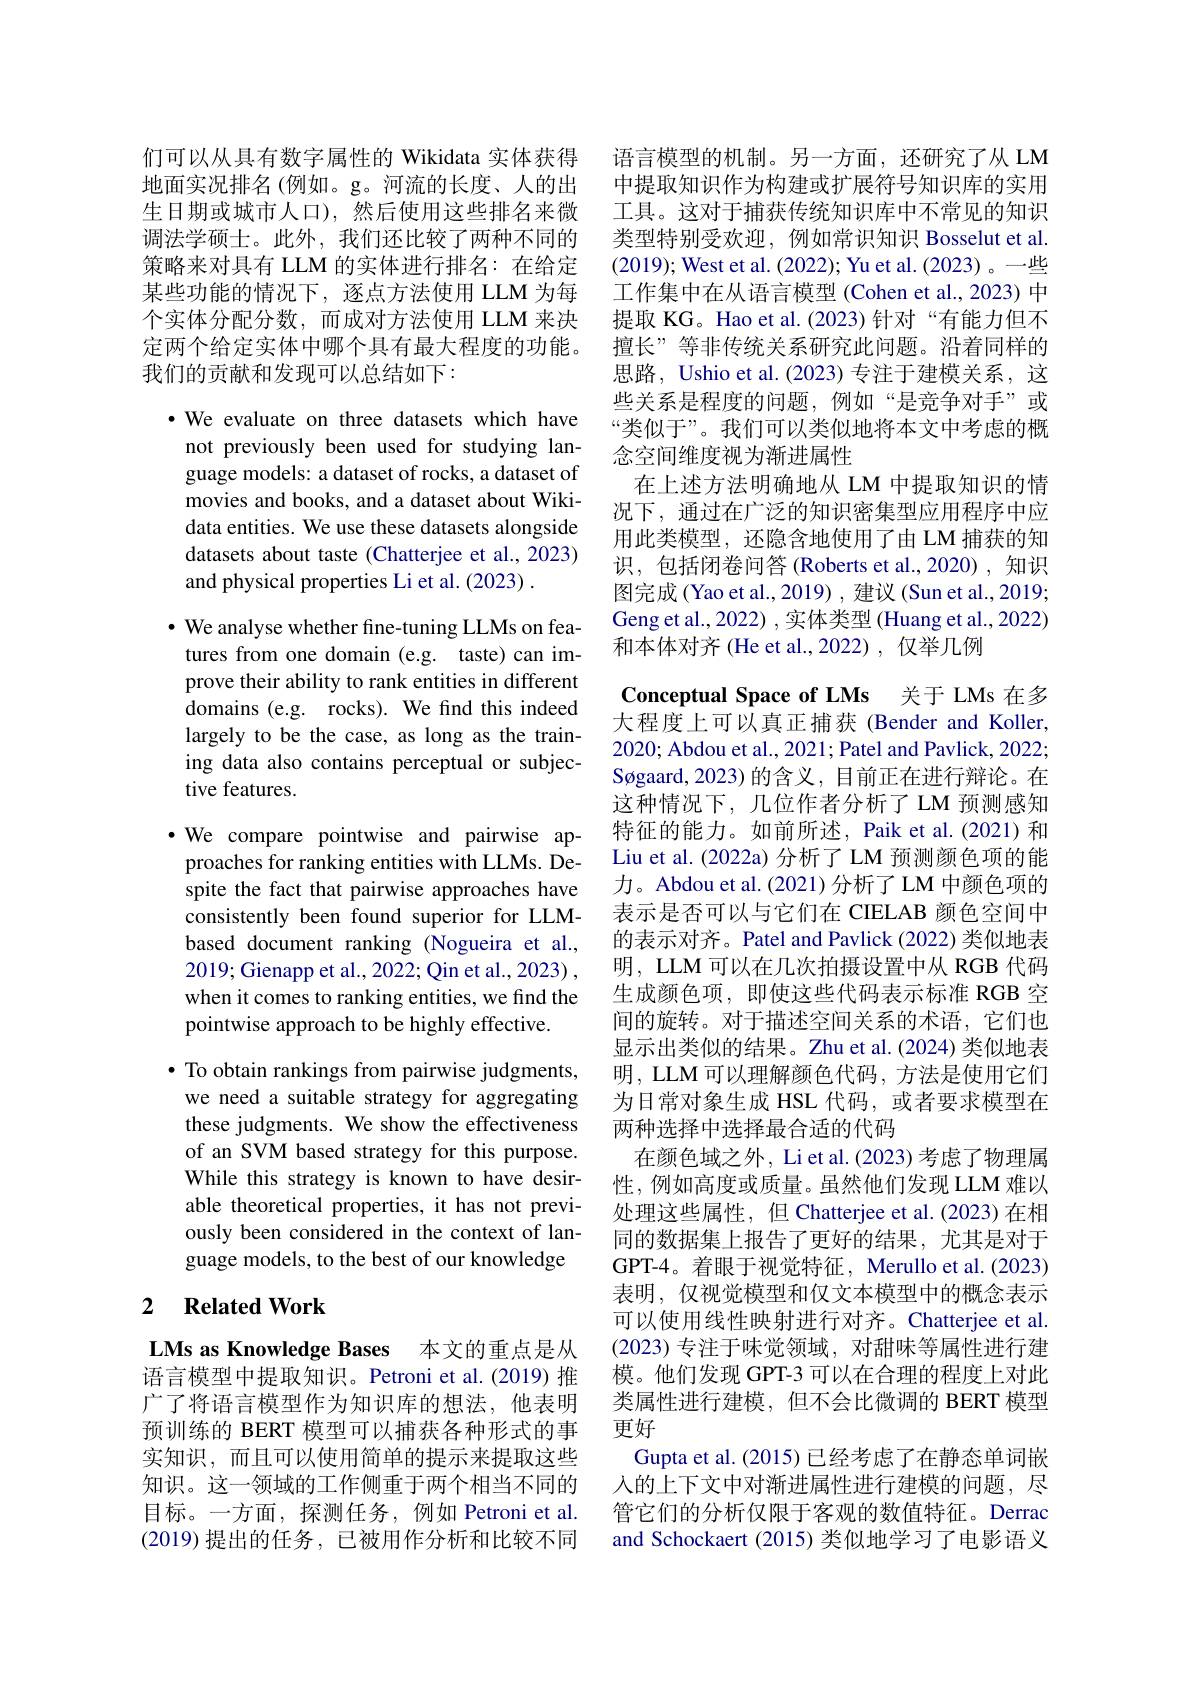
们可以从具有数字属性的 Wikidata 实体获得地面实况排名(例如。g。河流的长度、人的出生日期或城市人口),然后使用这些排名来微调法学硕士。此外，我们还比较了两种不同的策略来对具有 LLM 的实体进行排名：在给定某些功能的情况下，逐点方法使用 LLM 为每个实体分配分数，而成对方法使用 LLM 来决定两个给定实体中哪个具有最大程度的功能。我们的贡献和发现可以总结如下：

$\cdot$ We evaluate on three datasets which have not previously been used for studying language models: a dataset of rocks, a dataset of movies and books, and a dataset about Wikidata entities. We use these datasets alongside datasets about taste (Chatterjee et al., 2023) and physical properties Li et al. (2023) .

$\cdot$ We analyse whether fine-tuning LLMs on features from one domain (e.g. taste) can improve their ability to rank entities in different domains (e.g. rocks). We find this indeed largely to be the case, as long as the training data also contains perceptual or subjective features.

·We compare pointwise and pairwise approaches for ranking entities with LLMs. Despite the fact that pairwise approaches have consistently been found superior for LLMbased document ranking (Nogueira et al., 2019; Gienapp et al., 2022; Qin et al., 2023) , when it comes to ranking entities, we find the pointwise approach to be highly effective.

$\bullet$ To obtain rankings from pairwise judgments, we need a suitable strategy for aggregating these judgments. We show the effectiveness of an SVM based strategy for this purpose. While this strategy is known to have desirable theoretical properties, it has not previously been considered in the context of language models, to the best of our knowledge

## 2 $\textbf{Related Work}$

LMs as Knowledge Bases 本文的重点是从

语言模型中提取知识。Petroni et al.(2019) 推广了将语言模型作为知识库的想法，他表明预训练的 BERT 模型可以捕获各种形式的事实知识，而且可以使用简单的提示来提取这些知识。这一领域的工作侧重于两个相当不同的目标。一方面，探测任务，例如 Petroni et al. (2019)提出的任务，已被用作分析和比较不同

语言模型的机制。另一方面，还研究了从 LM

中提取知识作为构建或扩展符号知识库的实用

工具。这对于捕获传统知识库中不常见的知识

类型特别受欢迎，例如常识知识 Bosselut et al.

(2019); West et al. (2022); Yu et al. (2023)。一些

工作集中在从语言模型(Cohen et al., 2023) 中

提取 KG。Hao et al.(2023) 针对“有能力但不

擅长”等非传统关系研究此问题。沿着同样的

思路，Ushio et al.(2023) 专注于建模关系，这

些关系是程度的问题，例如“是竞争对手”或

“类似于”。我们可以类似地将本文中考虑的概

念空间维度视为渐进属性

在上述方法明确地从 LM 中提取知识的情

况下，通过在广泛的知识密集型应用程序中应

用此类模型，还隐含地使用了由 LM 捕获的知

识，包括闭卷问答 (Roberts et al.,2020),知识

图完成 (Yao et al., 2019) , 建议 (Sun et al., 2019;

Geng et al., 2022) , 实体类型 (Huang et al., 2022)

和本体对齐 (He et al.,2022), 仅举几例

Conceptual Space of LMs 关于 LMs 在多大程度上可以真正捕获(Bender and Koller, 2020; Abdou et al., 2021; Patel and Pavlick, 2022; Søgaard, 2023) 的含义，目前正在进行辩论。在这种情况下，几位作者分析了 LM 预测感知特征的能力。如前所述，Paik et al.(2021) 和Liu et al.(2022a) 分析了 LM 预测颜色项的能力。Abdou et al.(2021) 分析了 LM 中颜色项的表示是否可以与它们在 CIELAB 颜色空间中的表示对齐。Patel and Pavlick (2022) 类似地表明，LLM 可以在几次拍摄设置中从 RGB 代码生成颜色项，即使这些代码表示标准 RGB 空间的旋转。对于描述空间关系的术语，它们也显示出类似的结果。Zhu et al.(2024) 类似地表明，LLM 可以理解颜色代码，方法是使用它们为日常对象生成 HSL 代码，或者要求模型在两种选择中选择最合适的代码
在颜色域之外，Li et al. (2023) 考虑了物理属性，例如高度或质量。虽然他们发现 LLM 难以处理这些属性，但 Chatterjee et al.(2023)在相同的数据集上报告了更好的结果，尤其是对于GPT-4。着眼于视觉特征，Merullo et al.(2023) 表明，仅视觉模型和仅文本模型中的概念表示可以使用线性映射进行对齐。Chatterjee et al. (2023)专注于味觉领域，对甜味等属性进行建模。他们发现 GPT-3 可以在合理的程度上对此类属性进行建模，但不会比微调的 BERT 模型更好
Gupta et al. (2015) 已经考虑了在静态单词嵌人的上下文中对渐进属性进行建模的问题，尽管它们的分析仅限于客观的数值特征。Derrac and Schockaert (2015) 类似地学习了电影语义